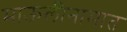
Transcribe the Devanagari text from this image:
माऊलीनामात